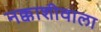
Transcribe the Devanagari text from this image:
नक्काशीवाला